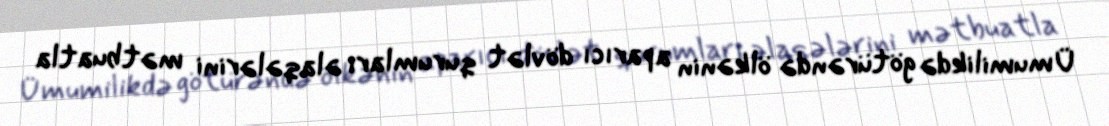
Ümumilikdə götürəndə ölkənin aparıcı dövlət qurumları əlaqələrini mətbuatla